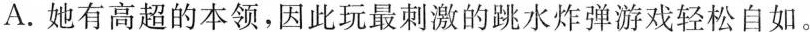
A.她有高超的本领，因此玩最刺激的跳水炸弹游戏轻松自如。